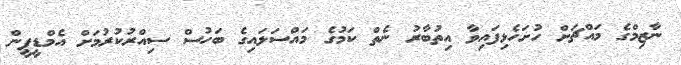
ނާޒިމްގެ މައްޗަށް ހުށަހެޅިފައިވާ އިތުބާރު ނެތް ކަމުގެ މައްސަލައިގެ ބަހުސް ސިއްރުކުރުމަށް އެމްޑީޕީން